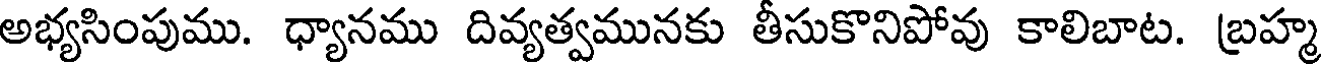
అభ్యసింపుము. ధ్యానము దివ్యత్వమునకు తీసుకొనిపోవు కాలిబాట. బ్రహ్మ